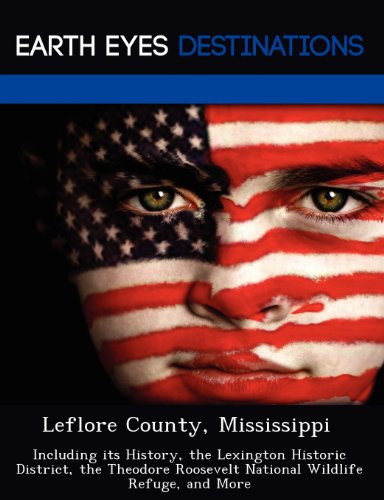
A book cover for Leflore County, Mississippi: Including its History, the Lexington Historic District, the Theodore Roosevelt National Wildlife Refuge, and More; Sharon Clyde; Travel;